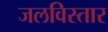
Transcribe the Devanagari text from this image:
जलविस्तार